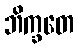
ဘိက္ခတေ